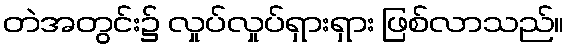
တဲအတွင်း၌ လှုပ်လှုပ်ရှားရှား ဖြစ်လာသည်။